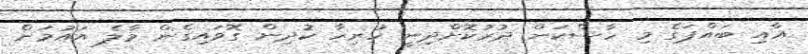
އާއި ބައްޕަގެ މި ހާސްކަން ދުރުކޮށްދިނީ ހުރިހާ ކުދިން ގޮވައިގެން މާލެ އައުމަށް